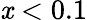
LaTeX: \mathit{x}<0.1